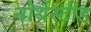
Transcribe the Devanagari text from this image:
नोर्थस्टीड